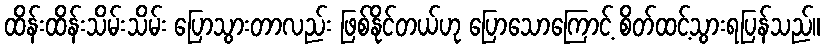
ထိန်းထိန်းသိမ်းသိမ်း ပြောသွားတာလည်း ဖြစ်နိုင်တယ်ဟု ပြောသောကြောင့် စိတ်ထင့်သွားရပြန်သည်။